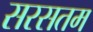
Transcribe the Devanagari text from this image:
सरसतम